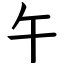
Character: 午